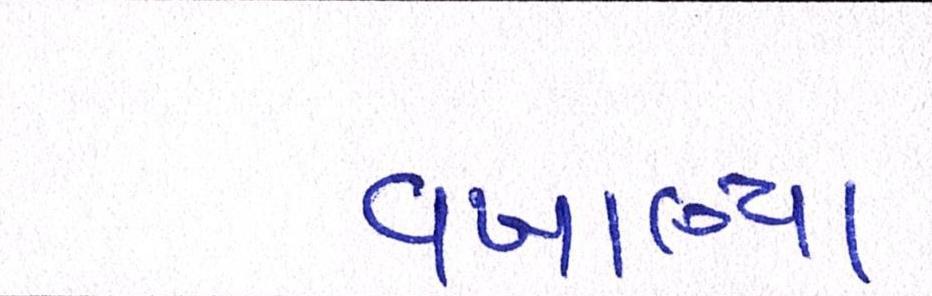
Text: વખાણ્યા